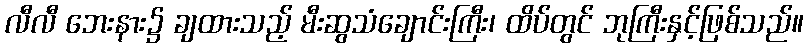
လီလီ ဘေးနား၌ ချထားသည့် မီးဆွသံချောင်းကြီး၊ ထိပ်တွင် ဘုကြီးနှင့်ဖြစ်သည်။